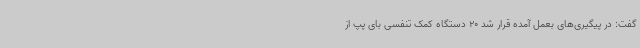
گفت: در پیگیری‌های بعمل آمده قرار شد 20 دستگاه کمک تنفسی بای پپ از